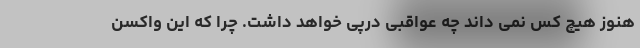
هنوز هیچ کس نمی داند چه عواقبی درپی خواهد داشت. چرا که این واکسن